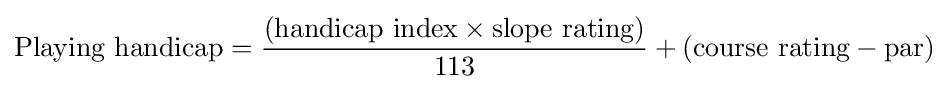
{\mbox{Playing handicap}}={\frac {({\mbox{handicap index}}\times {\mbox{slope rating}})}{\mbox{113}}}+({\mbox{course rating}}-{\mbox{par}})